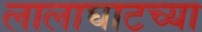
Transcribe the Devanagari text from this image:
लालाघाटच्या